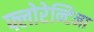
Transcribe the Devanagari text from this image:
फ्लोरेन्टिना